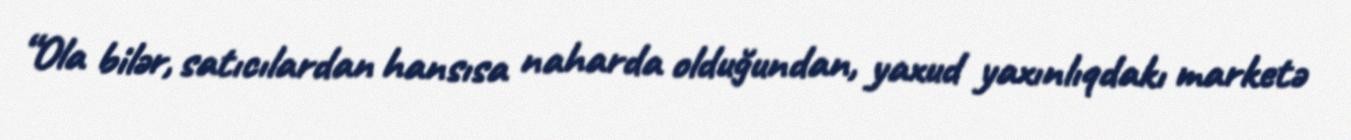
“Ola bilər, satıcılardan hansısa naharda olduğundan, yaxud yaxınlıqdakı marketə